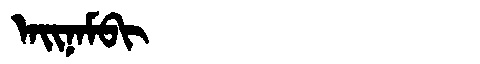
Manchu: ᠠᡳᠨᠠᠮᠪᡳ
Romanization: AINAMBI